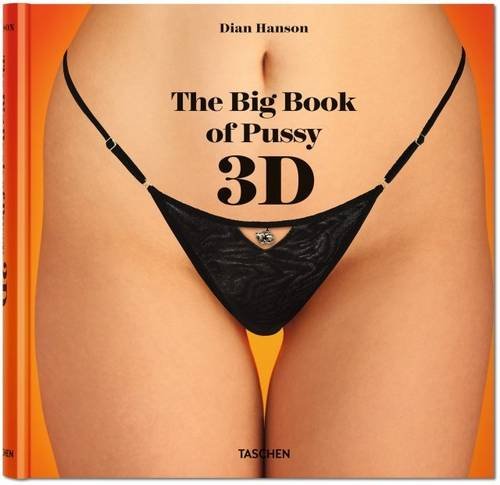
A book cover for The Big Book of Pussy 3D; Arts & Photography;